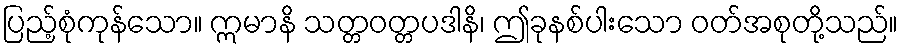
ပြည့်စုံကုန်သော။ ဣမာနိ သတ္တဝတ္တပဒါနိ၊ ဤခုနစ်ပါးသော ဝတ်အစုတို့သည်။